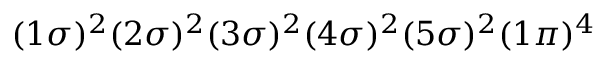
( 1 \sigma ) ^ { 2 } ( 2 \sigma ) ^ { 2 } ( 3 \sigma ) ^ { 2 } ( 4 \sigma ) ^ { 2 } ( 5 \sigma ) ^ { 2 } ( 1 \pi ) ^ { 4 }